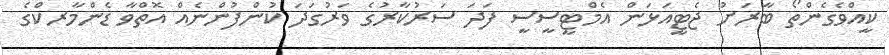
ކީއްވެގެންތޯ ބާރަށު ޖެޓީއަޅަން އެމްޓީސީސީ ފަދަ ސަރުކާރުގެ ވަރުގަދަ ކުންފުންނެއް އޮތްވާ ޑެންމާރކްގެ